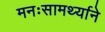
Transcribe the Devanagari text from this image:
मनःसामर्थ्याने